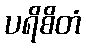
ပရိစိတံ